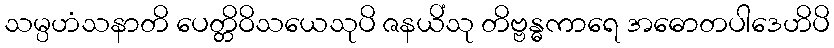
သမ္ပဟံသနာတိ ပေတ္တိဝိသယေသုပိ ဇနယိံသု တိဗ္ဗန္ဓကာရေ အဓောတပါဒေဟိပိ